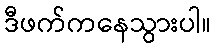
ဒီဖက်ကနေသွားပါ။